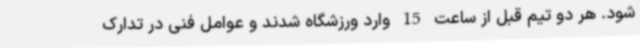
شود. هر دو تیم قبل از ساعت 15 وارد ورزشگاه شدند و عوامل فنی در تدارک